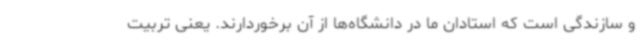
و سازندگی است که استادان ما در دانشگاه‌ها از آن برخوردارند. یعنی تربیت